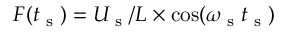
F ( t _ { \textrm { s } } ) = U _ { \textrm { s } } / L \times \cos ( \omega _ { \textrm { s } } t _ { \textrm { s } } )